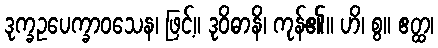
ဒုက္ခဥပေက္ခာဝသေန၊ ဖြင့်။ ဒုဝိဓာနိ၊ ကုန်၏။ ဟိ၊ စွ။ ဧတ္ထ၊